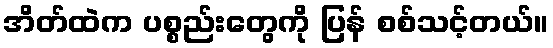
အိတ်ထဲက ပစ္စည်းတွေကို ပြန် စစ်သင့်တယ်။